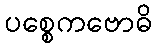
ပစ္စေကဗောဓိ